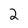
Character: 2